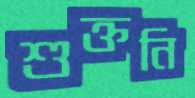
শুক্তনি